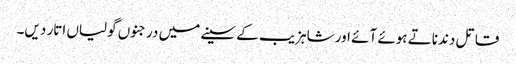
قاتل دندناتے ہوئے آئے اور شاہزیب کے سینے میں درجنوں گولیاں اتار دیں۔